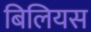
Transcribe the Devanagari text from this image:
बिलियस